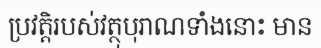
ប្រវត្តិរបស់វត្ថុបុរាណទាំងនោះ មាន